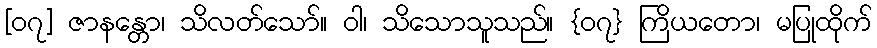
[၀၇] ဇာနန္တော၊ သိလတ်သော်။ ဝါ၊ သိသောသူသည်။ {၀၇} ကြိယတော၊ မပြုထိုက်